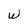
Character: W